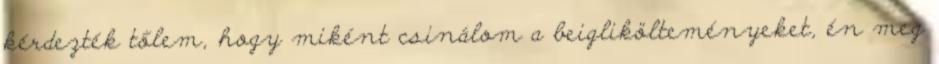
kérdezték tőlem, hogy miként csinálom a beiglikölteményeket, én meg